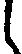
し